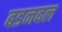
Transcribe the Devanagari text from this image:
बडनवल